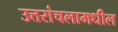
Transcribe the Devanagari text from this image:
उत्तरांचलामधील